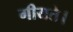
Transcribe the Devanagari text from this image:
गीयते।